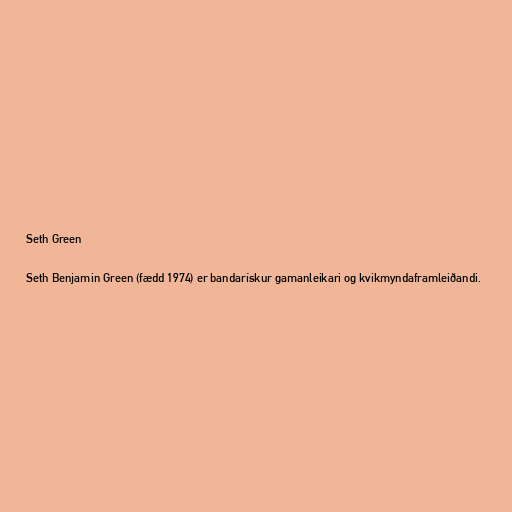
Seth Green

Seth Benjamin Green (fædd 1974) er bandarískur gamanleikari og kvikmyndaframleiðandi.